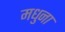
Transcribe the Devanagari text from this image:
मधुना